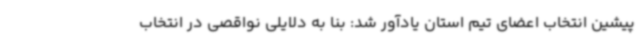
پیشین انتخاب اعضای تیم استان یادآور شد: بنا به دلایلی نواقصی در انتخاب